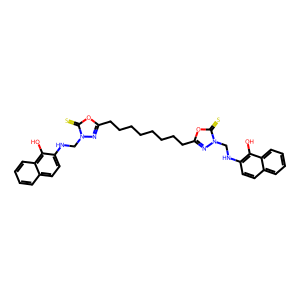
SMILES: Oc1c(NCn2nc(CCCCCCCCc3nn(CNc4ccc5ccccc5c4O)c(=S)o3)oc2=S)ccc2ccccc12
Inhibits HIV replication: No